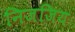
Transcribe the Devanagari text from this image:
निजजिय